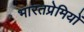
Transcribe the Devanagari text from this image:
भारतप्रेमियों